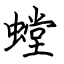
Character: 螳